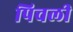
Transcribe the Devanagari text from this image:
पिचली